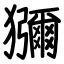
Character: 獼